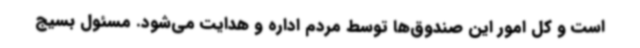
است و کل امور این صندوق‌ها توسط مردم اداره و هدایت می‌شود. مسئول بسیج